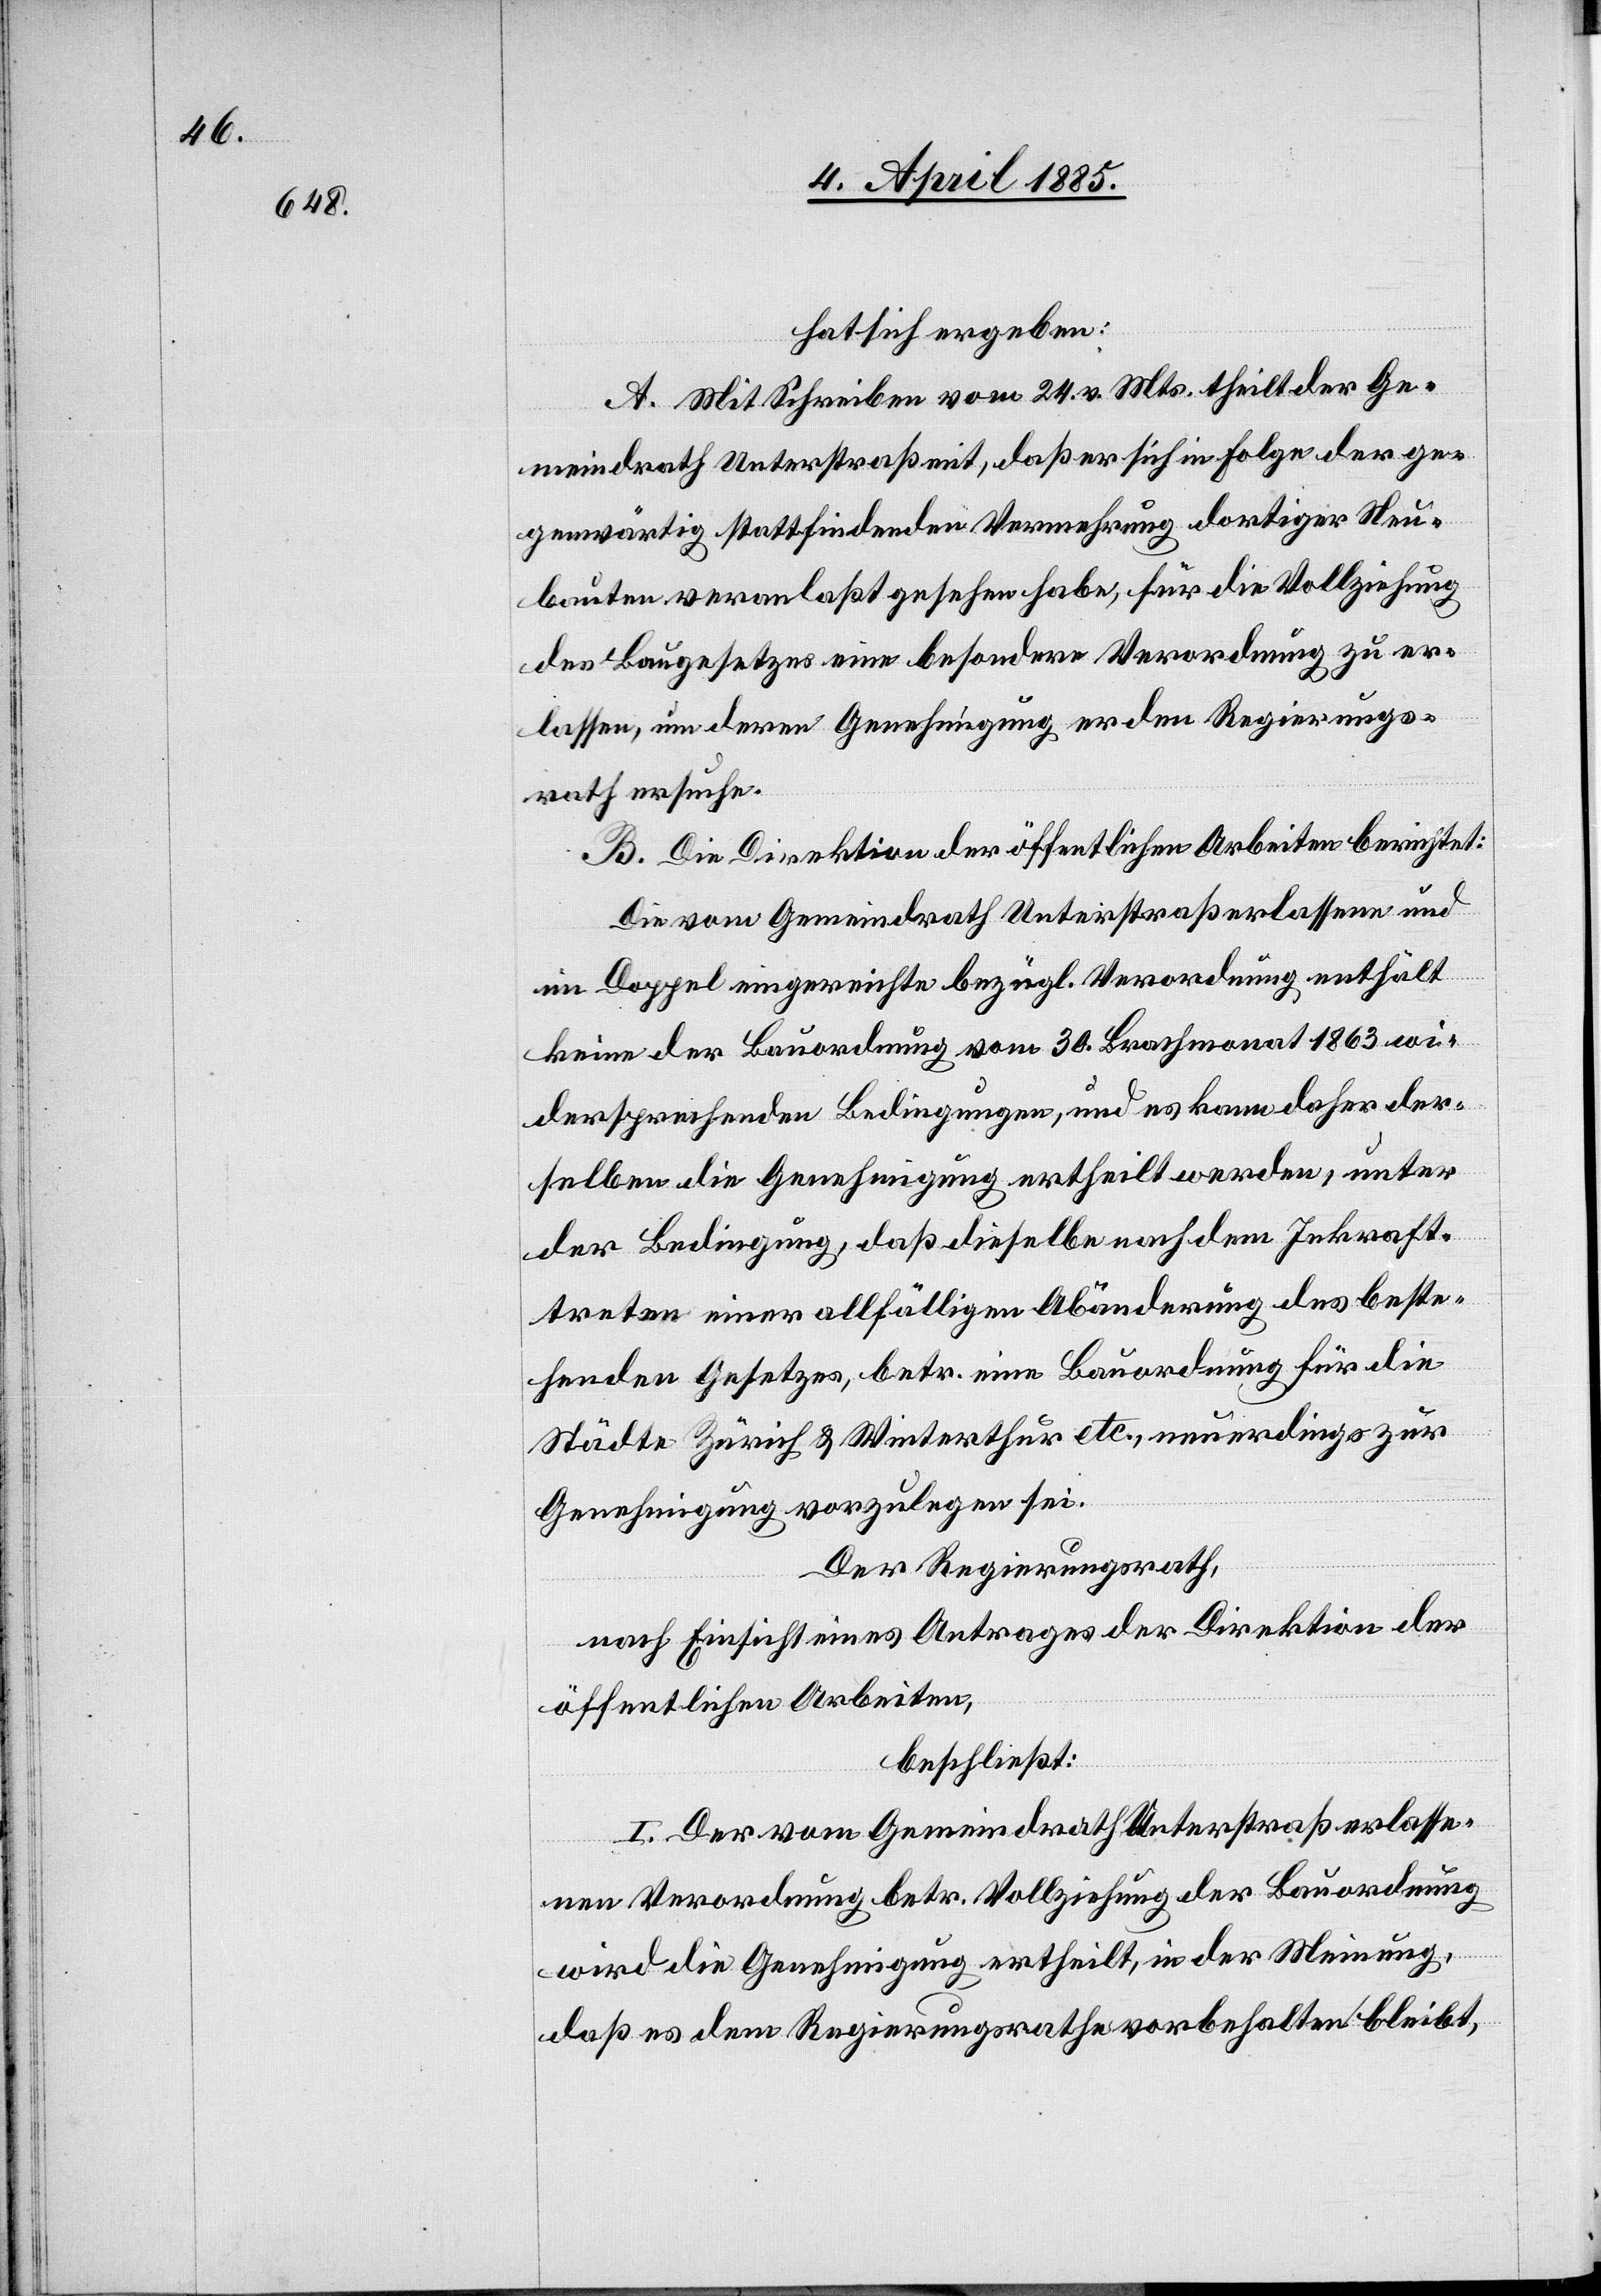
hat sich ergeben:
A. Mit Schreiben vom 24. v. Mts. theilt der Ge¬
meindrath Unterstraß mit, daß er sich in Folge der ge¬
genwärtig stattfindenden Vermehrung dortiger Neu¬
bauten veranlaßt gesehen habe, für die Vollziehung
des Baugesetzes eine besondere Verordnung zu er¬
lassen, um deren Genehmigung er den Regierungs¬
rath ersuche.
B. Die Direktion der öffentlichen Arbeiten berichtet:
Die vom Gemeindrath Unterstraß erlassene und
im Doppel eingereichte bezügl. Verordnung enthält
keine der Bauordnung vom 30. Brachmonat 1863 wi¬
dersprechenden Bedingungen, und es kann daher der¬
selben die Genehmigung ertheilt werden, unter
der Bedingung, daß dieselbe nach dem Inkraft¬
treten einer allfälligen Abänderung des beste¬
henden Gesetzes, betr. eine Bauordnung für die
Städte Zürich & Winterthur etc., neuerdings zur
Genehmigung vorzulegen sei.
Der Regierungsrath,
nach Einsicht eines Antrages der Direktion der
öffentlichen Arbeiten,
beschließt:
I. Der vom Gemeindrath Unterstraß erlasse¬
nen Verordnung betr. Vollziehung der Bauordnung
wird die Genehmigung ertheilt, in der Meinung,
daß es dem Regierungsrathe vorbehalten bleibt,